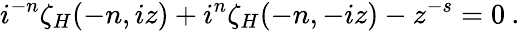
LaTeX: {i}^{-n}\zeta_{H}(-n,iz)+i^{n}\zeta_{H}(-n,-iz)-z^{-s}=0\: .